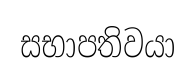
සභාපතිවයා